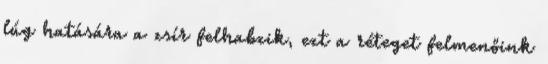
lúg hatására a zsír felhabzik, ezt a réteget felmenőink